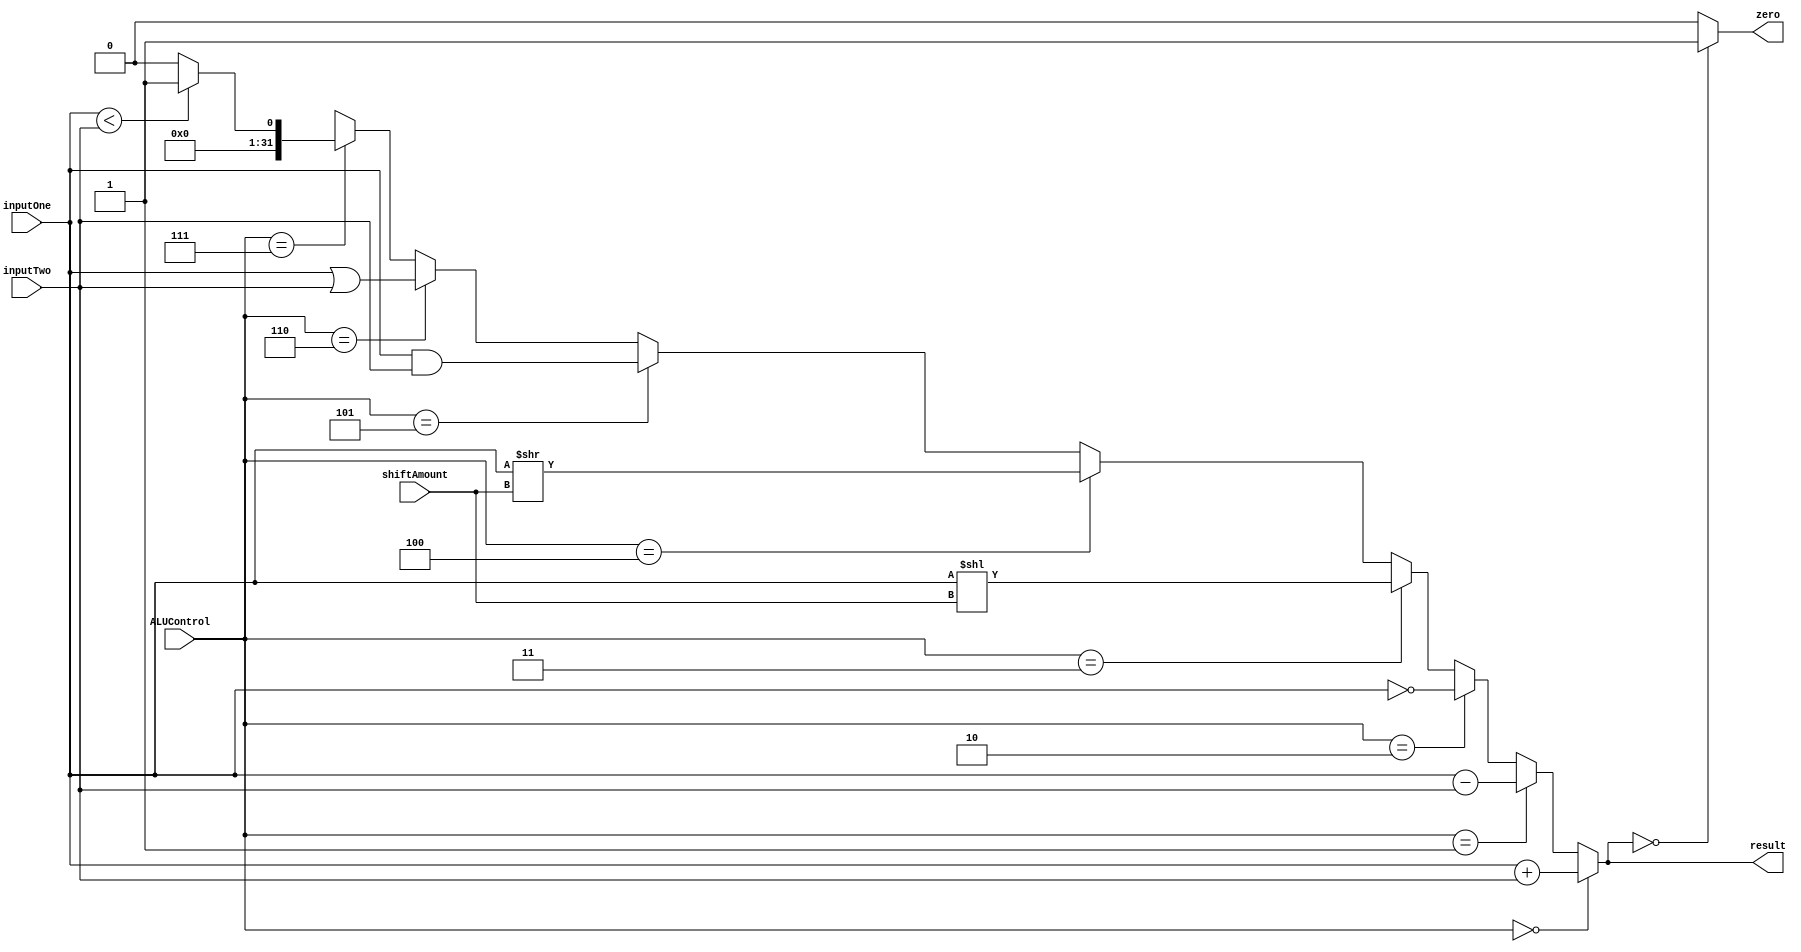
`timescale 1ns / 1ps

module ALU(inputOne, inputTwo, ALUControl, shiftAmount, result, zero);

	input [31:0] inputOne;
	input [31:0] inputTwo;
	input [3:0]  ALUControl;
	input [4:0]  shiftAmount;
	
	output reg [31:0] result;
	output reg zero;
	
	always @(*)
		begin
			if(ALUControl == 4'b0000)
			
				begin
					result = inputOne + inputTwo;
				end
				
			else if(ALUControl == 4'b0001)
				begin
					result = inputOne - inputTwo;
				end

			else if(ALUControl == 4'b0010)
				begin
					result = ~inputOne;
				end

			else if(ALUControl == 4'b0011)
				begin
					result = inputOne << shiftAmount;
				end
				
			else if(ALUControl == 4'b0100)
				begin
					result = inputOne >> shiftAmount;
				end
				
			else if(ALUControl == 4'b0101)
				begin
					result = inputOne & inputTwo;
				end
				
			else if(ALUControl == 4'b0110)
				begin
					result = inputOne | inputTwo;
				end
				
			else if(ALUControl == 4'b0111)
				begin
					result = (inputOne < inputTwo)? 32'b1 : 32'b0;
				end
			
			else
				begin
					result = 32'bx;
				end
		
			zero = (result == 32'b0)? 1 : 0;
		end
	
endmodule